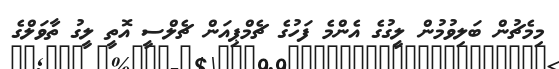
މިމެޗުން ބަލިވުމުން ލީގުގެ އެންމެ ފަހުގެ ޗެމްޕިއަން ޗެލްސީ އޮތީ ލީގު ތާވަލްގެ